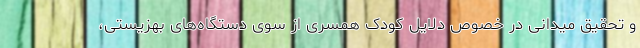
و تحقیق میدانی در خصوص دلایل کودک همسری از سوی دستگاه‌های بهزیستی،